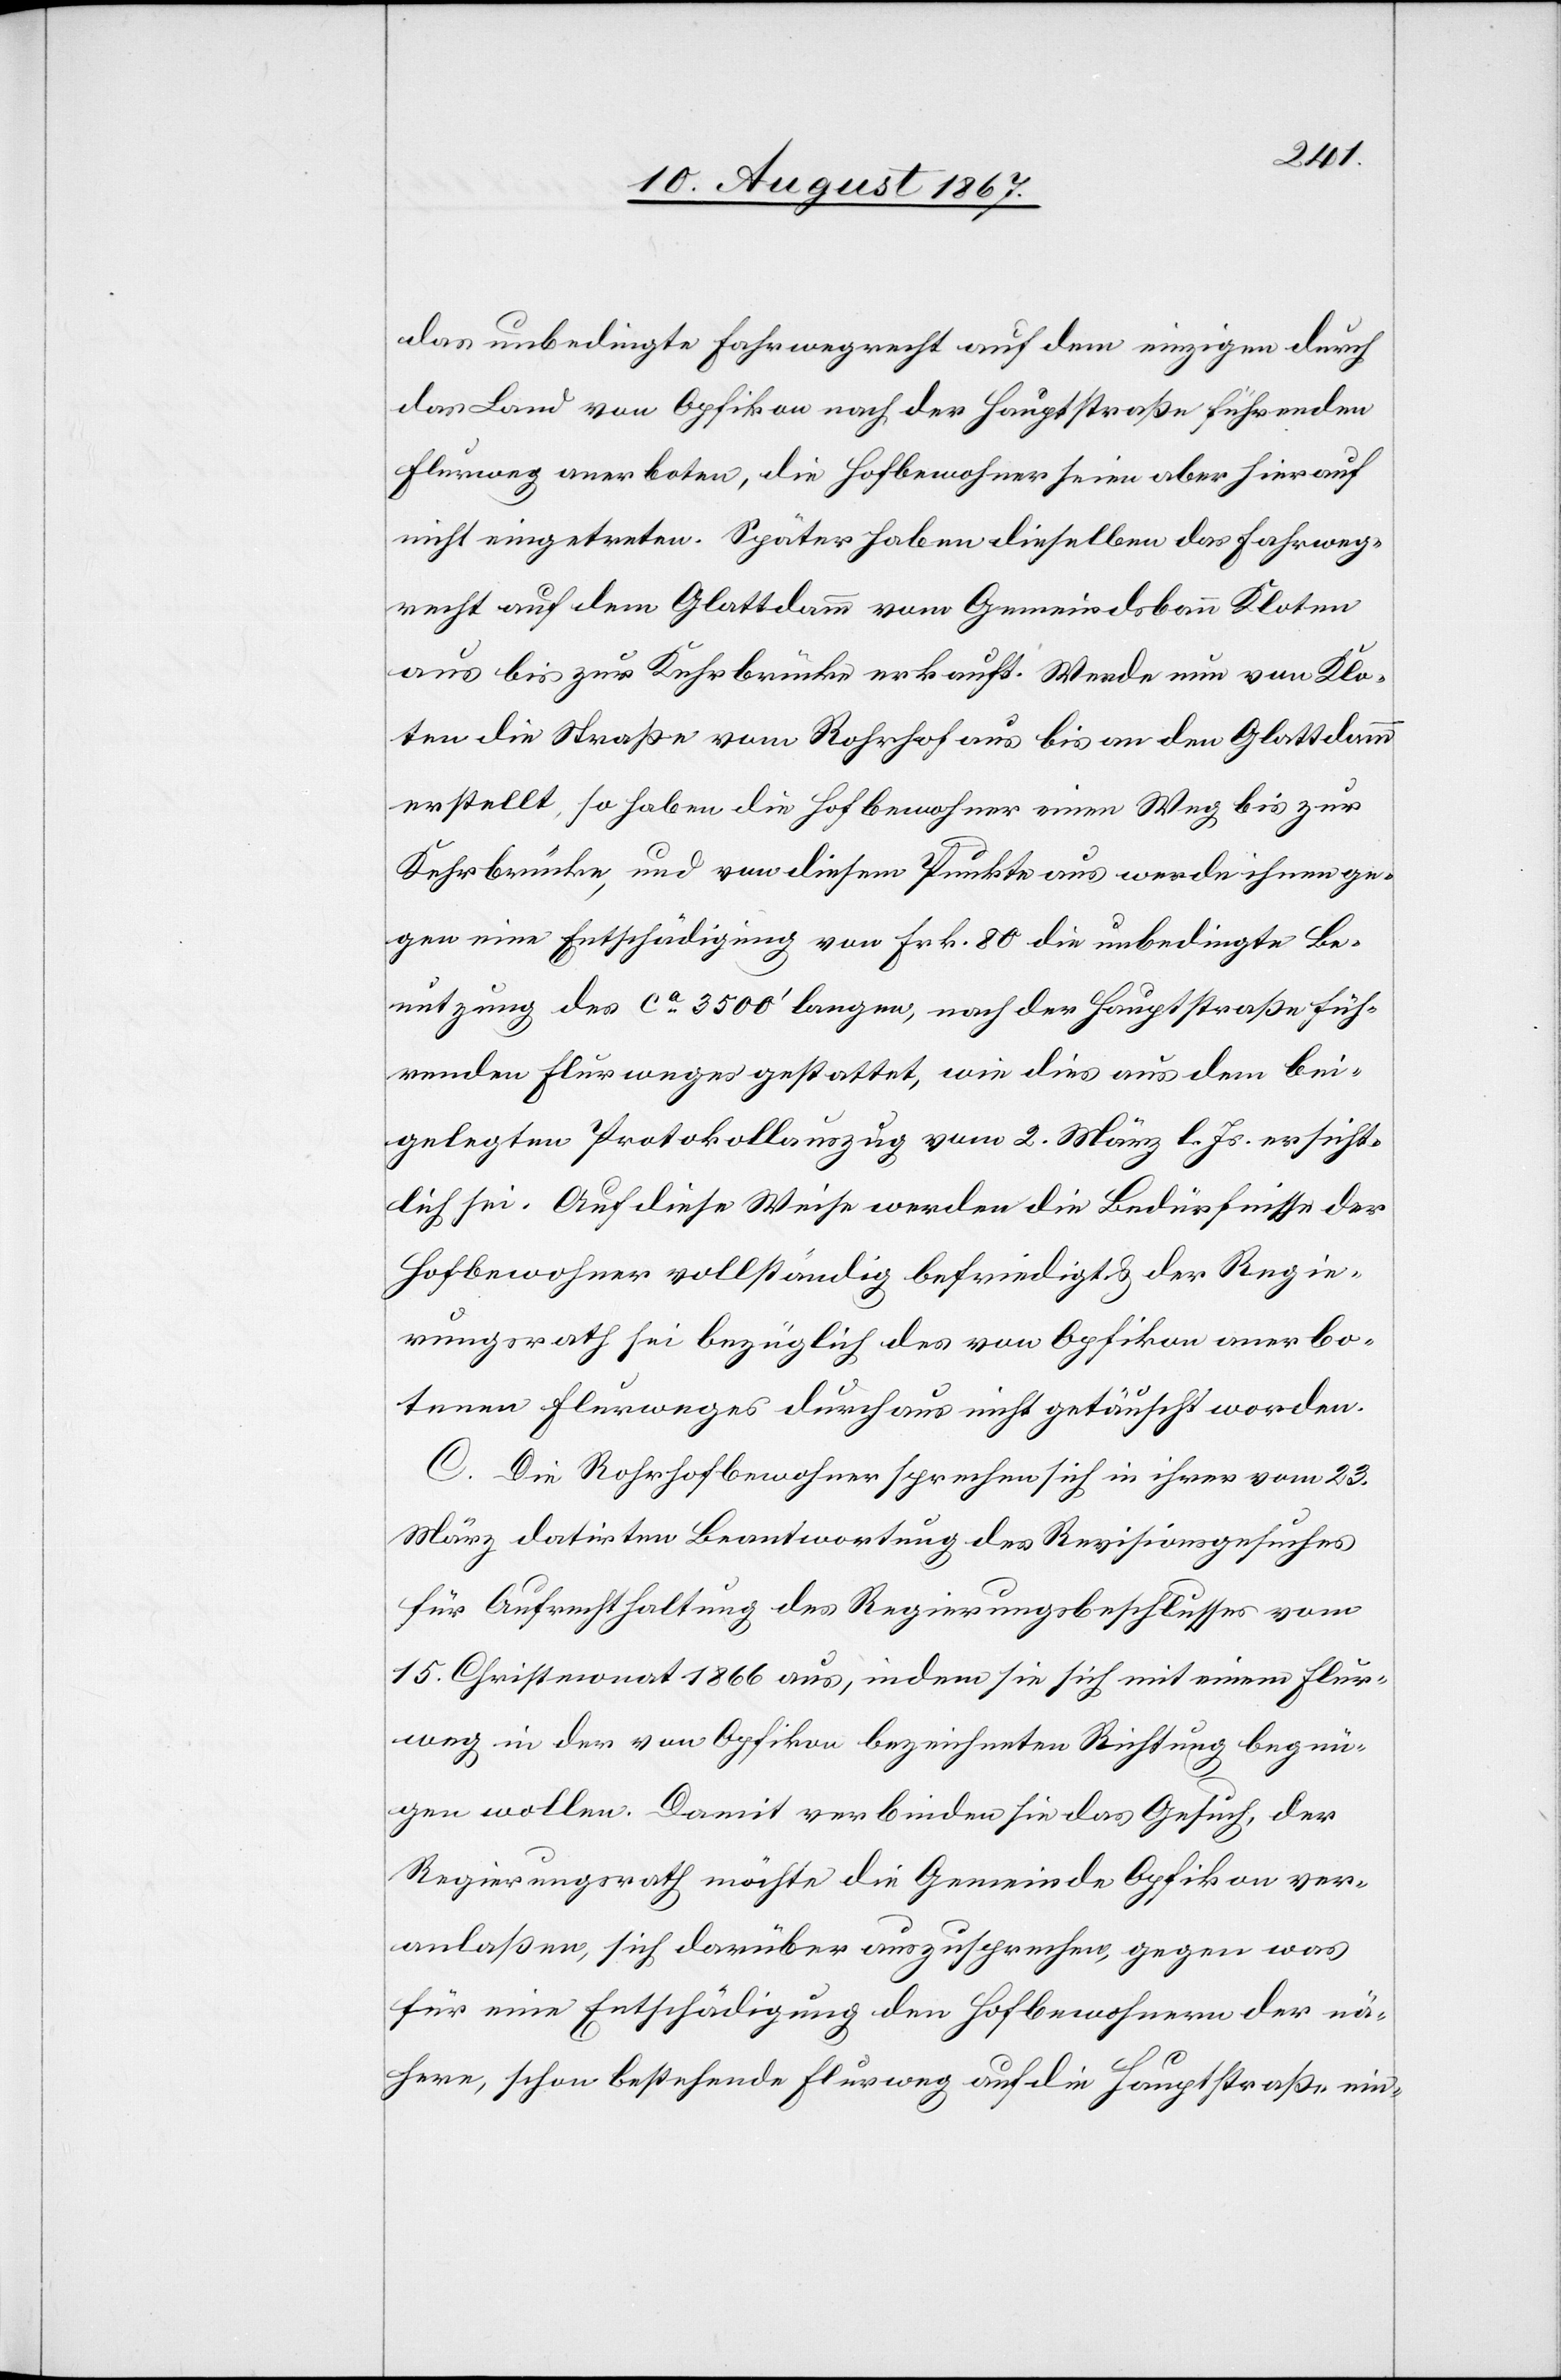
das unbedingte Fahrwegrecht auf dem einzigen durch
das Land von Opfikon nach der Hauptstraße führenden
Flurweg anerboten, die Hofbewohner seien aber hierauf
nicht eingetreten. Später haben dieselben das Fahrweg¬
recht auf dem Glattdamm vom Gemeindsbann Kloten
aus bis zur Kehrbrücke erkauft. Werde nun von Klo¬
ten die Straße vom Rohrhof aus bis an den Glattdamm
erstellt, so haben die Hofbewohner einen Weg bis zur
Kehrbrücke, und von diesem Punkte aus werde ihnen ge¬
gen eine Entschädigung von Frk. 80 die unbedingte Be¬
nutzung des ca. 3500‘ langen, nach der Hauptstraße füh¬
renden Flurweges gestattet, wie dies aus dem bei¬
gelegten Protokollauszug vom 2. März l. Js. ersicht¬
lich sei. Auf diese Weise werden die Bedürfnisse der
Hofbewohner vollständig befriedigt u. der Regie¬
rungsrath sei bezüglich des von Opfikon anerbo¬
tenen Flurweges durchaus nicht getäuscht worden.
C. Die Rohrhofbewohner sprechen sich in ihrer vom 23.
März datirten Beantwortung des Revisionsgesuches
für Aufrechthaltung des Regierungsbeschlusses vom
15. Christmonat 1866 aus, indem sie sich mit einem Flur¬
weg in der von Opfikon bezeichneten Richtung begn¬
ügen wollen. Damit verbinden sie das Gesuch, der
Regierungsrath möchte die Gemeinde Opfikon ver¬
anlaßen, sich darüber auszusprechen, gegen was
für eine Entschädigung den Hofbewohnern der na¬
here, schon bestehende Flurweg auf die Hauptstraße ein-